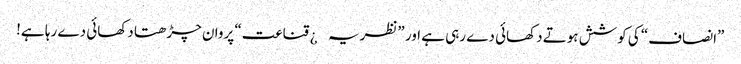
”انصاف“ کی کوشش ہوتے دکھائی دے رہی ہے اور ”نظریہ¿ قناعت“ پروان چڑھتا دکھائی دے رہا ہے!